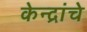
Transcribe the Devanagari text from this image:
केन्द्रांचे